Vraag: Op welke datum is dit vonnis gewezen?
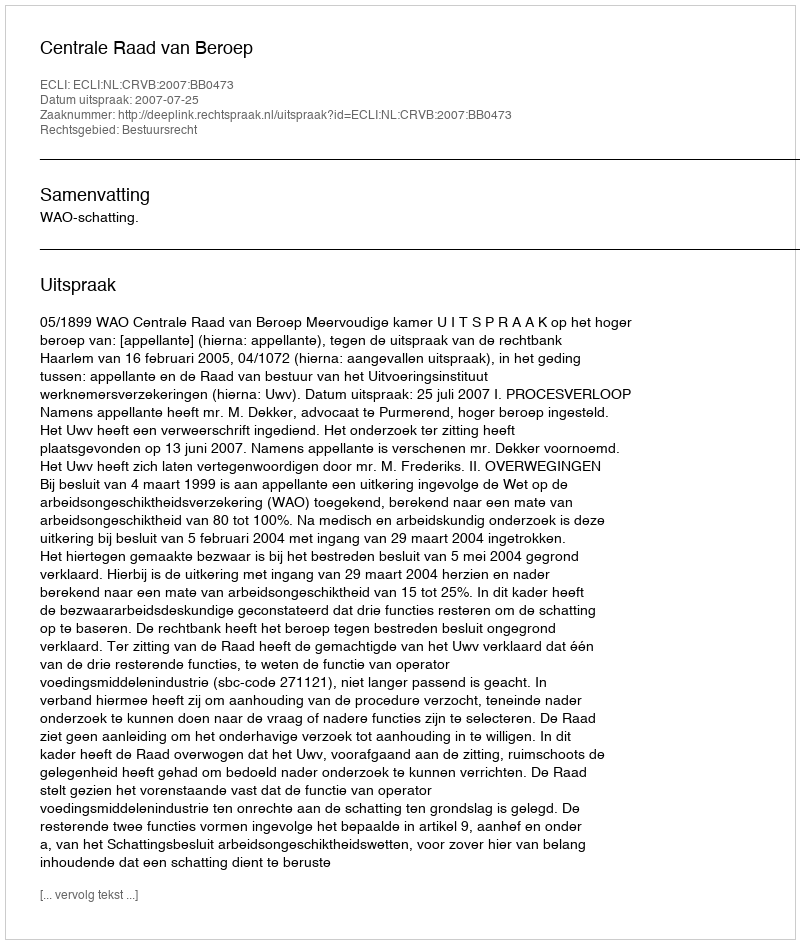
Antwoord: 2007-07-25